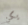
يكن